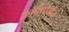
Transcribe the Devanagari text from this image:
क्रांतिपर्वात